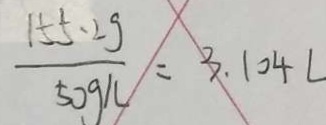
\frac { 1 5 5 . 2 g } { 5 0 g / L } = 3 . 1 0 4 L